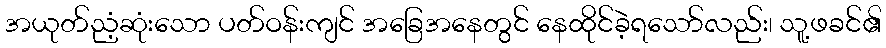
အယုတ်ညံ့ဆုံးသော ပတ်ဝန်းကျင် အခြေအနေတွင် နေထိုင်ခဲ့ရသော်လည်း၊ သူ့ဖခင်၏